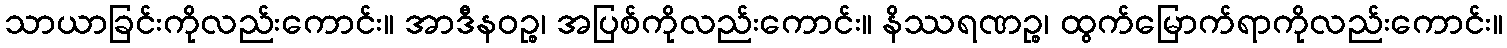
သာယာခြင်းကိုလည်းကောင်း။ အာဒီနဝဉ္စ၊ အပြစ်ကိုလည်းကောင်း။ နိဿရဏဉ္စ၊ ထွက်မြောက်ရာကိုလည်းကောင်း။